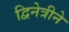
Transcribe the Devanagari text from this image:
द्विनेत्रीने